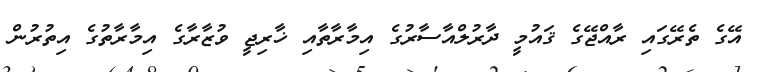
އޭގެ ތެރޭގައި ރާއްޖޭގެ ޤައުމީ ދާރުލްއާސާރުގެ އިމާރާތާއި ޚާރިޖީ ވުޒާރާގެ އިމާރާތުގެ އިތުރުން